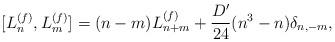
LaTeX: \begin{align*}[L_n^{(f)},L_m^{(f)}] = (n-m)L_{n+m}^{(f)} + \frac{D'}{24}(n^3-n)\delta_{n,-m},\end{align*}